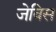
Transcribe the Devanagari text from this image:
जेविस